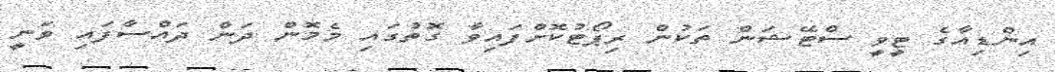
އިންޑިއާގެ ޓީވީ ސްޓޭޝަން ތަކުން ރިޕޯޓުކޮށްފައިވާ ގޮތުގައި މެމޮން ދަން ދައްސާފައި ވަނީ